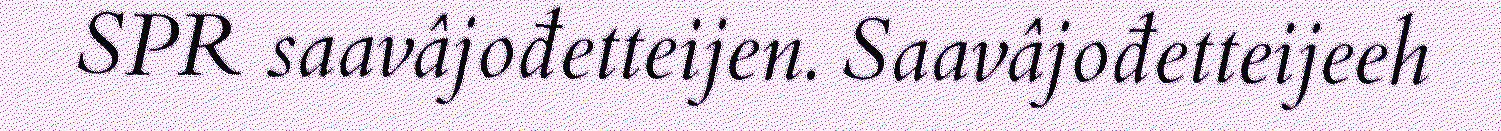
SPR saavâjođetteijen. Saavâjođetteijeeh